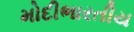
મોદીભારતીય